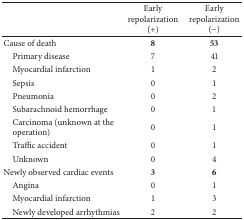
<table><thead><tr><td><b> </b></td><td><b>Early repolarization (+)</b></td><td><b>Early repolarization (−)</b></td></tr></thead><tbody><tr><td>Cause of death</td><td><b>8</b></td><td><b>53</b></td></tr><tr><td> Primary disease</td><td>7</td><td>41</td></tr><tr><td> Myocardial infarction</td><td>1</td><td>2</td></tr><tr><td> Sepsis</td><td>0</td><td>1</td></tr><tr><td> Pneumonia</td><td>0</td><td>2</td></tr><tr><td> Subarachnoid hemorrhage</td><td>0</td><td>1</td></tr><tr><td> Carcinoma (unknown at the operation)</td><td>0</td><td>1</td></tr><tr><td> Traffic accident</td><td>0</td><td>1</td></tr><tr><td> Unknown</td><td>0</td><td>4</td></tr><tr><td>Newly observed cardiac events</td><td><b>3</b></td><td><b>6</b></td></tr><tr><td> Angina </td><td>0</td><td>1</td></tr><tr><td> Myocardial infarction</td><td>1</td><td>3</td></tr><tr><td> Newly developed arrhythmias</td><td>2</td><td>2</td></tr></tbody></table>